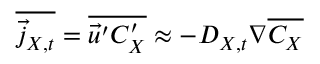
\overline { { \vec { j } _ { X , t } } } = \overline { { \vec { u } ^ { \prime } C _ { X } ^ { \prime } } } \approx - D _ { X , t } \nabla \overline { { C _ { X } } }